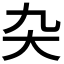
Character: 𭑂